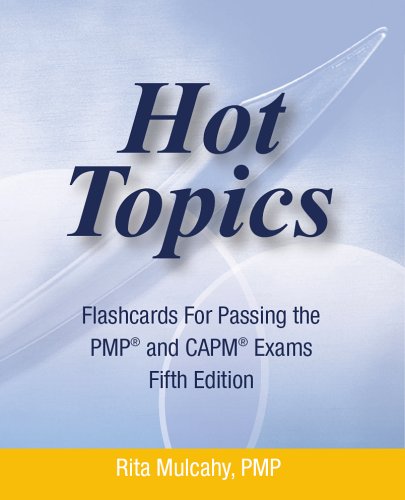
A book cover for Hot Topics Flashcards for Passing the PMP and CAPM Exam: Hot Topics Flashcards 5th Edtion (Hot Topics); PMP Rita Mulcahy; Test Preparation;